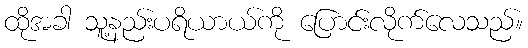
ထိုအခါ သူ့နည်းပရိယာယ်ကို ပြောင်းလိုက်လေသည်။